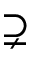
\supsetneq